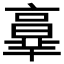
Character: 𦎧